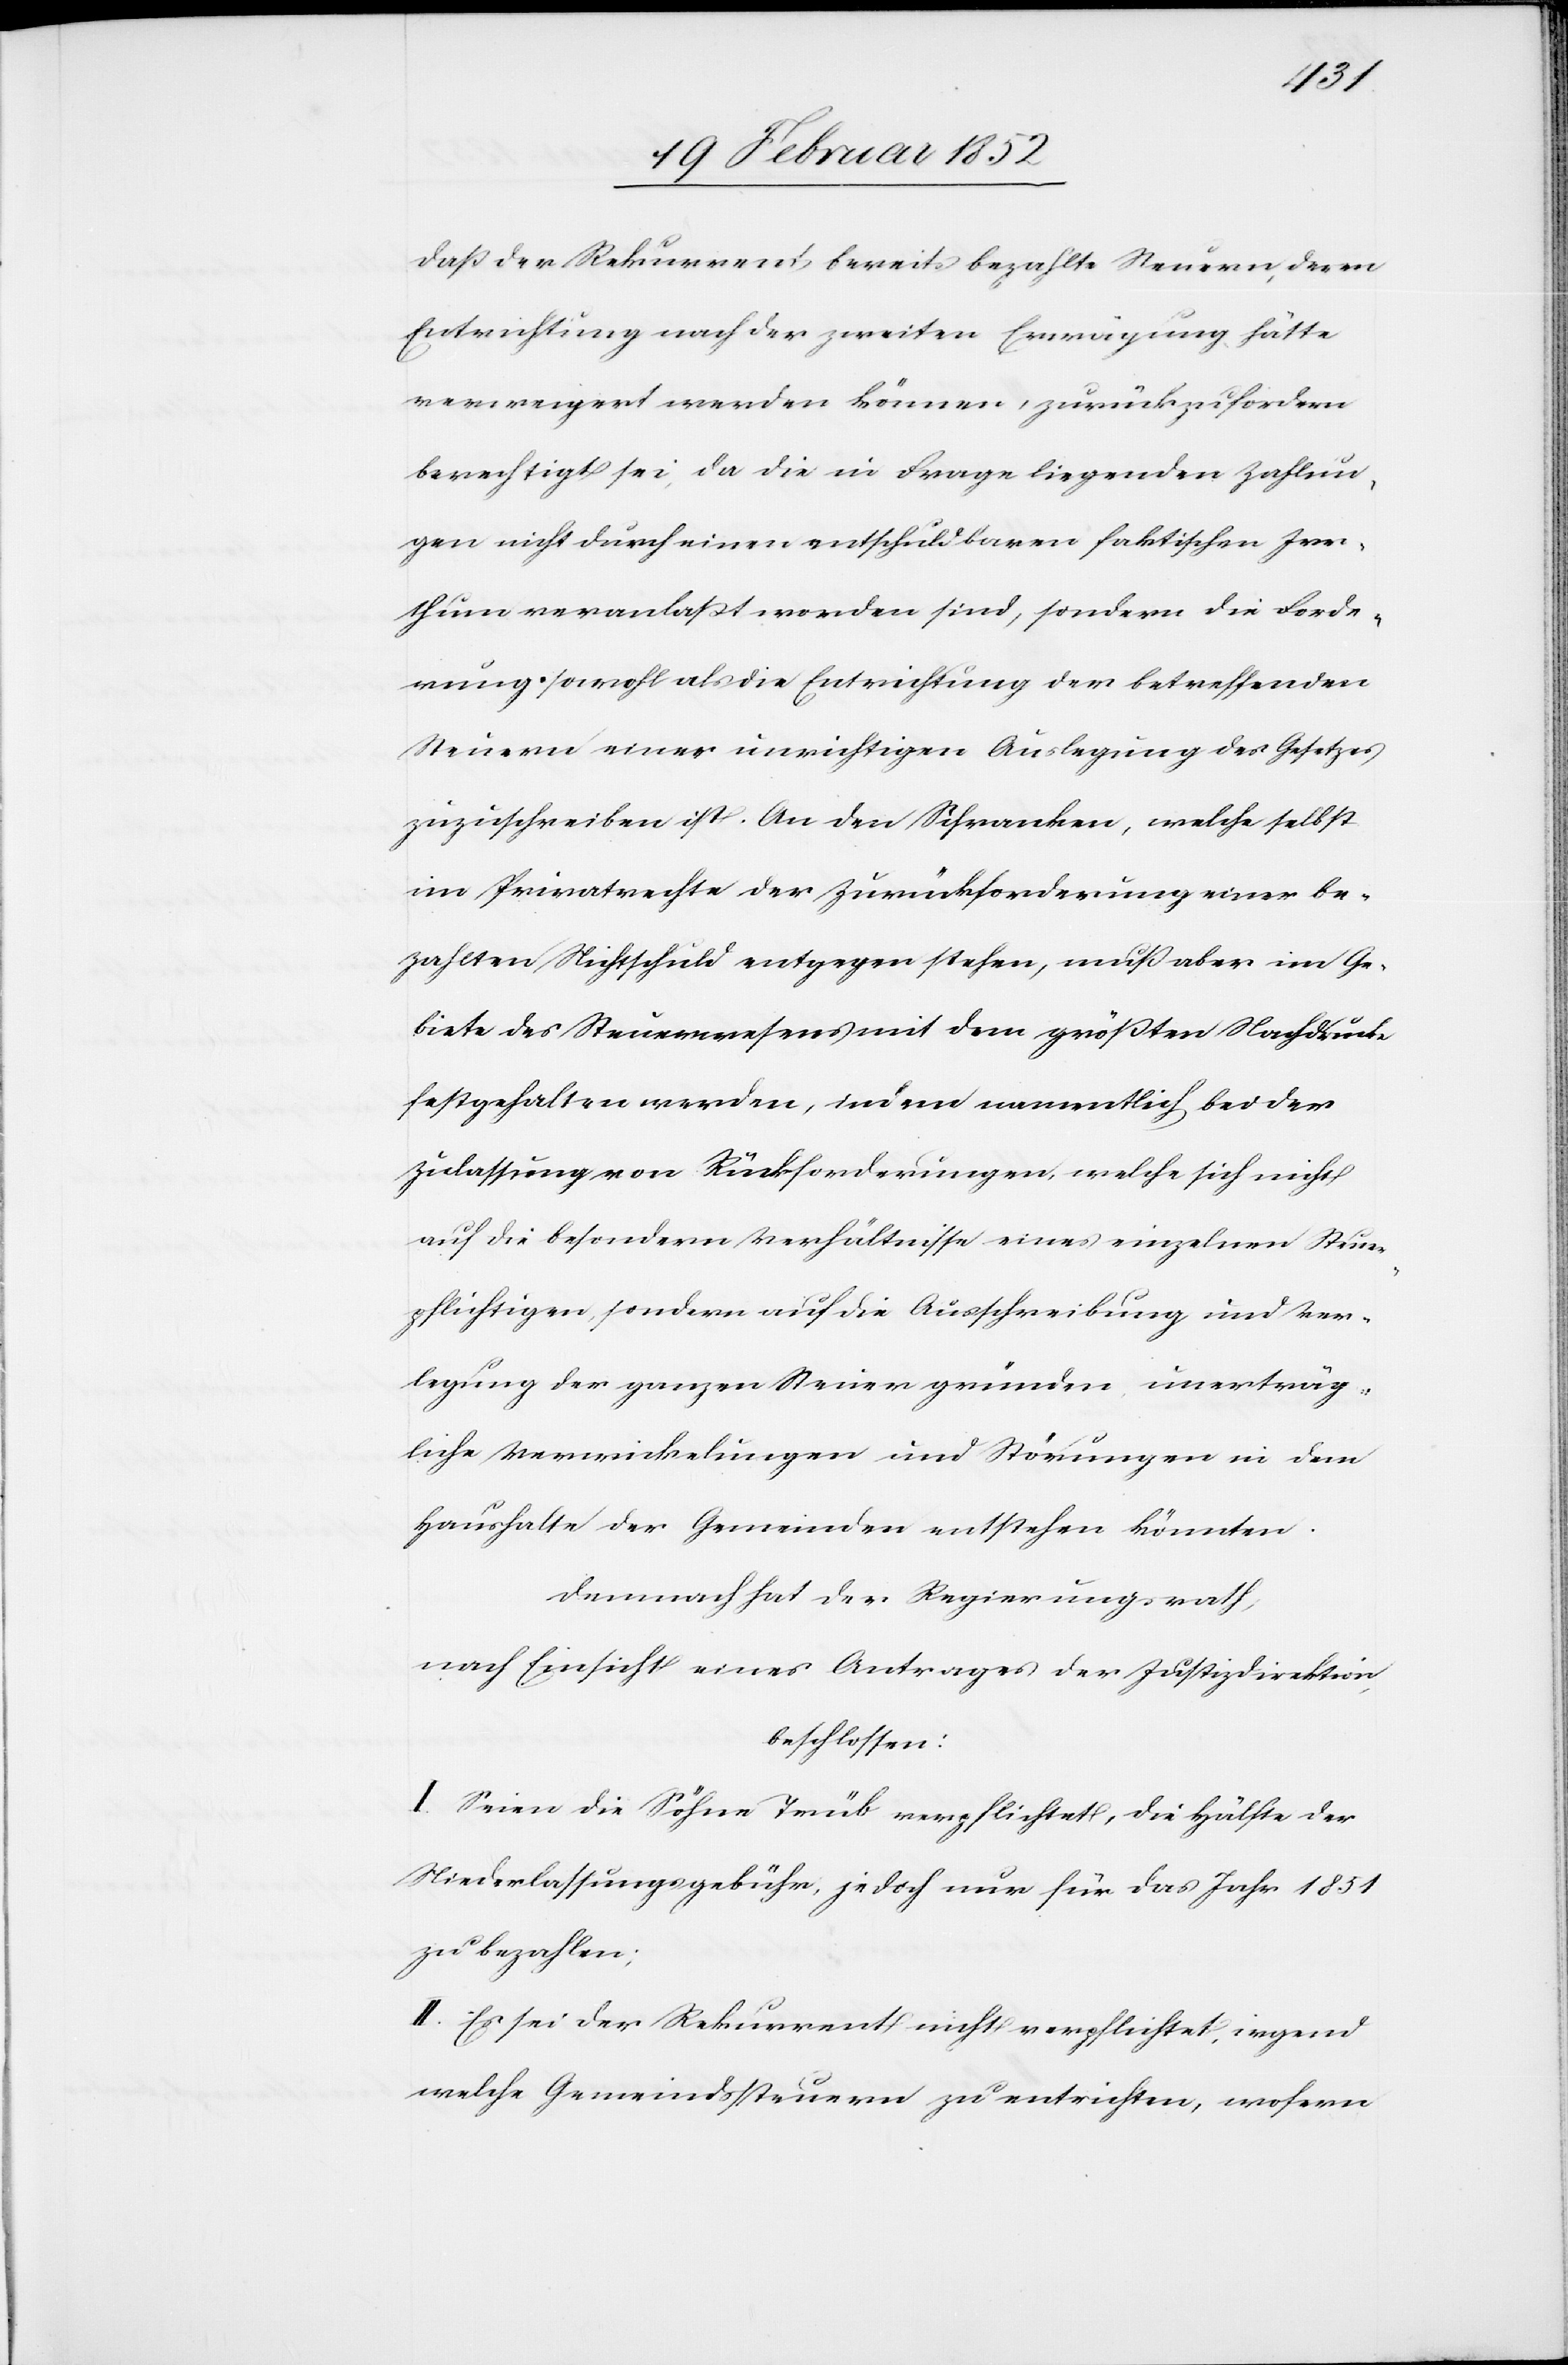
daß der Rekurrent bereits bezahlte Steuern, deren
Einrichtung nach der zweiten Erwägung hätte
verweigert werden können, zurückzufordern
berechtigt sei, da die in Frage liegenden Zahlun¬
gen nicht durch einen entschuldbaren faktischen Irr¬
thum veranlaßt worden sind, sondern die Forde¬
rung sowohl als die Entrichtung der betreffenden
Steuern einer unrichtigen Auslegung des Gesetzes
zuzuschreiben ist. An den Schranken, welche selbst
im Privatrechte der Zurückforderung einer be¬
zahlten Nichtschuld entgegen stehen, muß aber im Ge¬
biete des Steuerwesens mit dem größten Nachdrucke
festgehalten werden, indem namentlich bei der
Zulassung von Rückforderungen, welche sich nicht
auf die besondern Verhältnisse eines einzelnen Steuer¬
pflichtigen, sondern auf die Ausschreibung und Ver¬
legung der ganzen Steuergründen, unerträg¬
liche Verwickelungen und Störungen in dem
Haushalte der Gemeinden entstehen könnten.
Demnach hat der Regierungsrath,
nach Einsicht eines Antrages der Justizdirektion
beschlossen:
I. Seien die Söhne Trüb verpflichtet, die Hälfte der
Niederlassungsgebühr, jedoch nur für das Jahr 1851
zu bezahlen.
II. Es sei der Rekurrent nicht verpflichtet, irgend
welche Gemeindssteuern zu entrichten, wofern